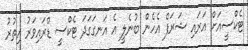
ޓެކްސީއަށް އަރައި ޝަރަފް އެހެން ބުނެލީ އެ އަނގަގަދަ ޓެކްސީ ޑްރައިވަރު އިތުރު